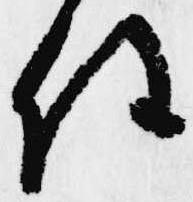
任